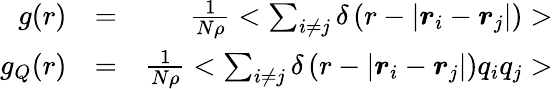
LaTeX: \begin{array}{rlr}{g(r)}&{=}&{\frac{1}{N\rho}<\sum_{i\neq j}\delta\left(r-\left|\boldsymbol{r}_{i}-\boldsymbol{r}_{j}\right|\right)>}\\ {g_{Q}(r)}&{=}&{\frac{1}{N\rho}<\sum_{i\neq j}\delta\left(r-\left|\boldsymbol{r}_{i}-\boldsymbol{r}_{j}\right|\right)q_{i}q_{j}>}\end{array}